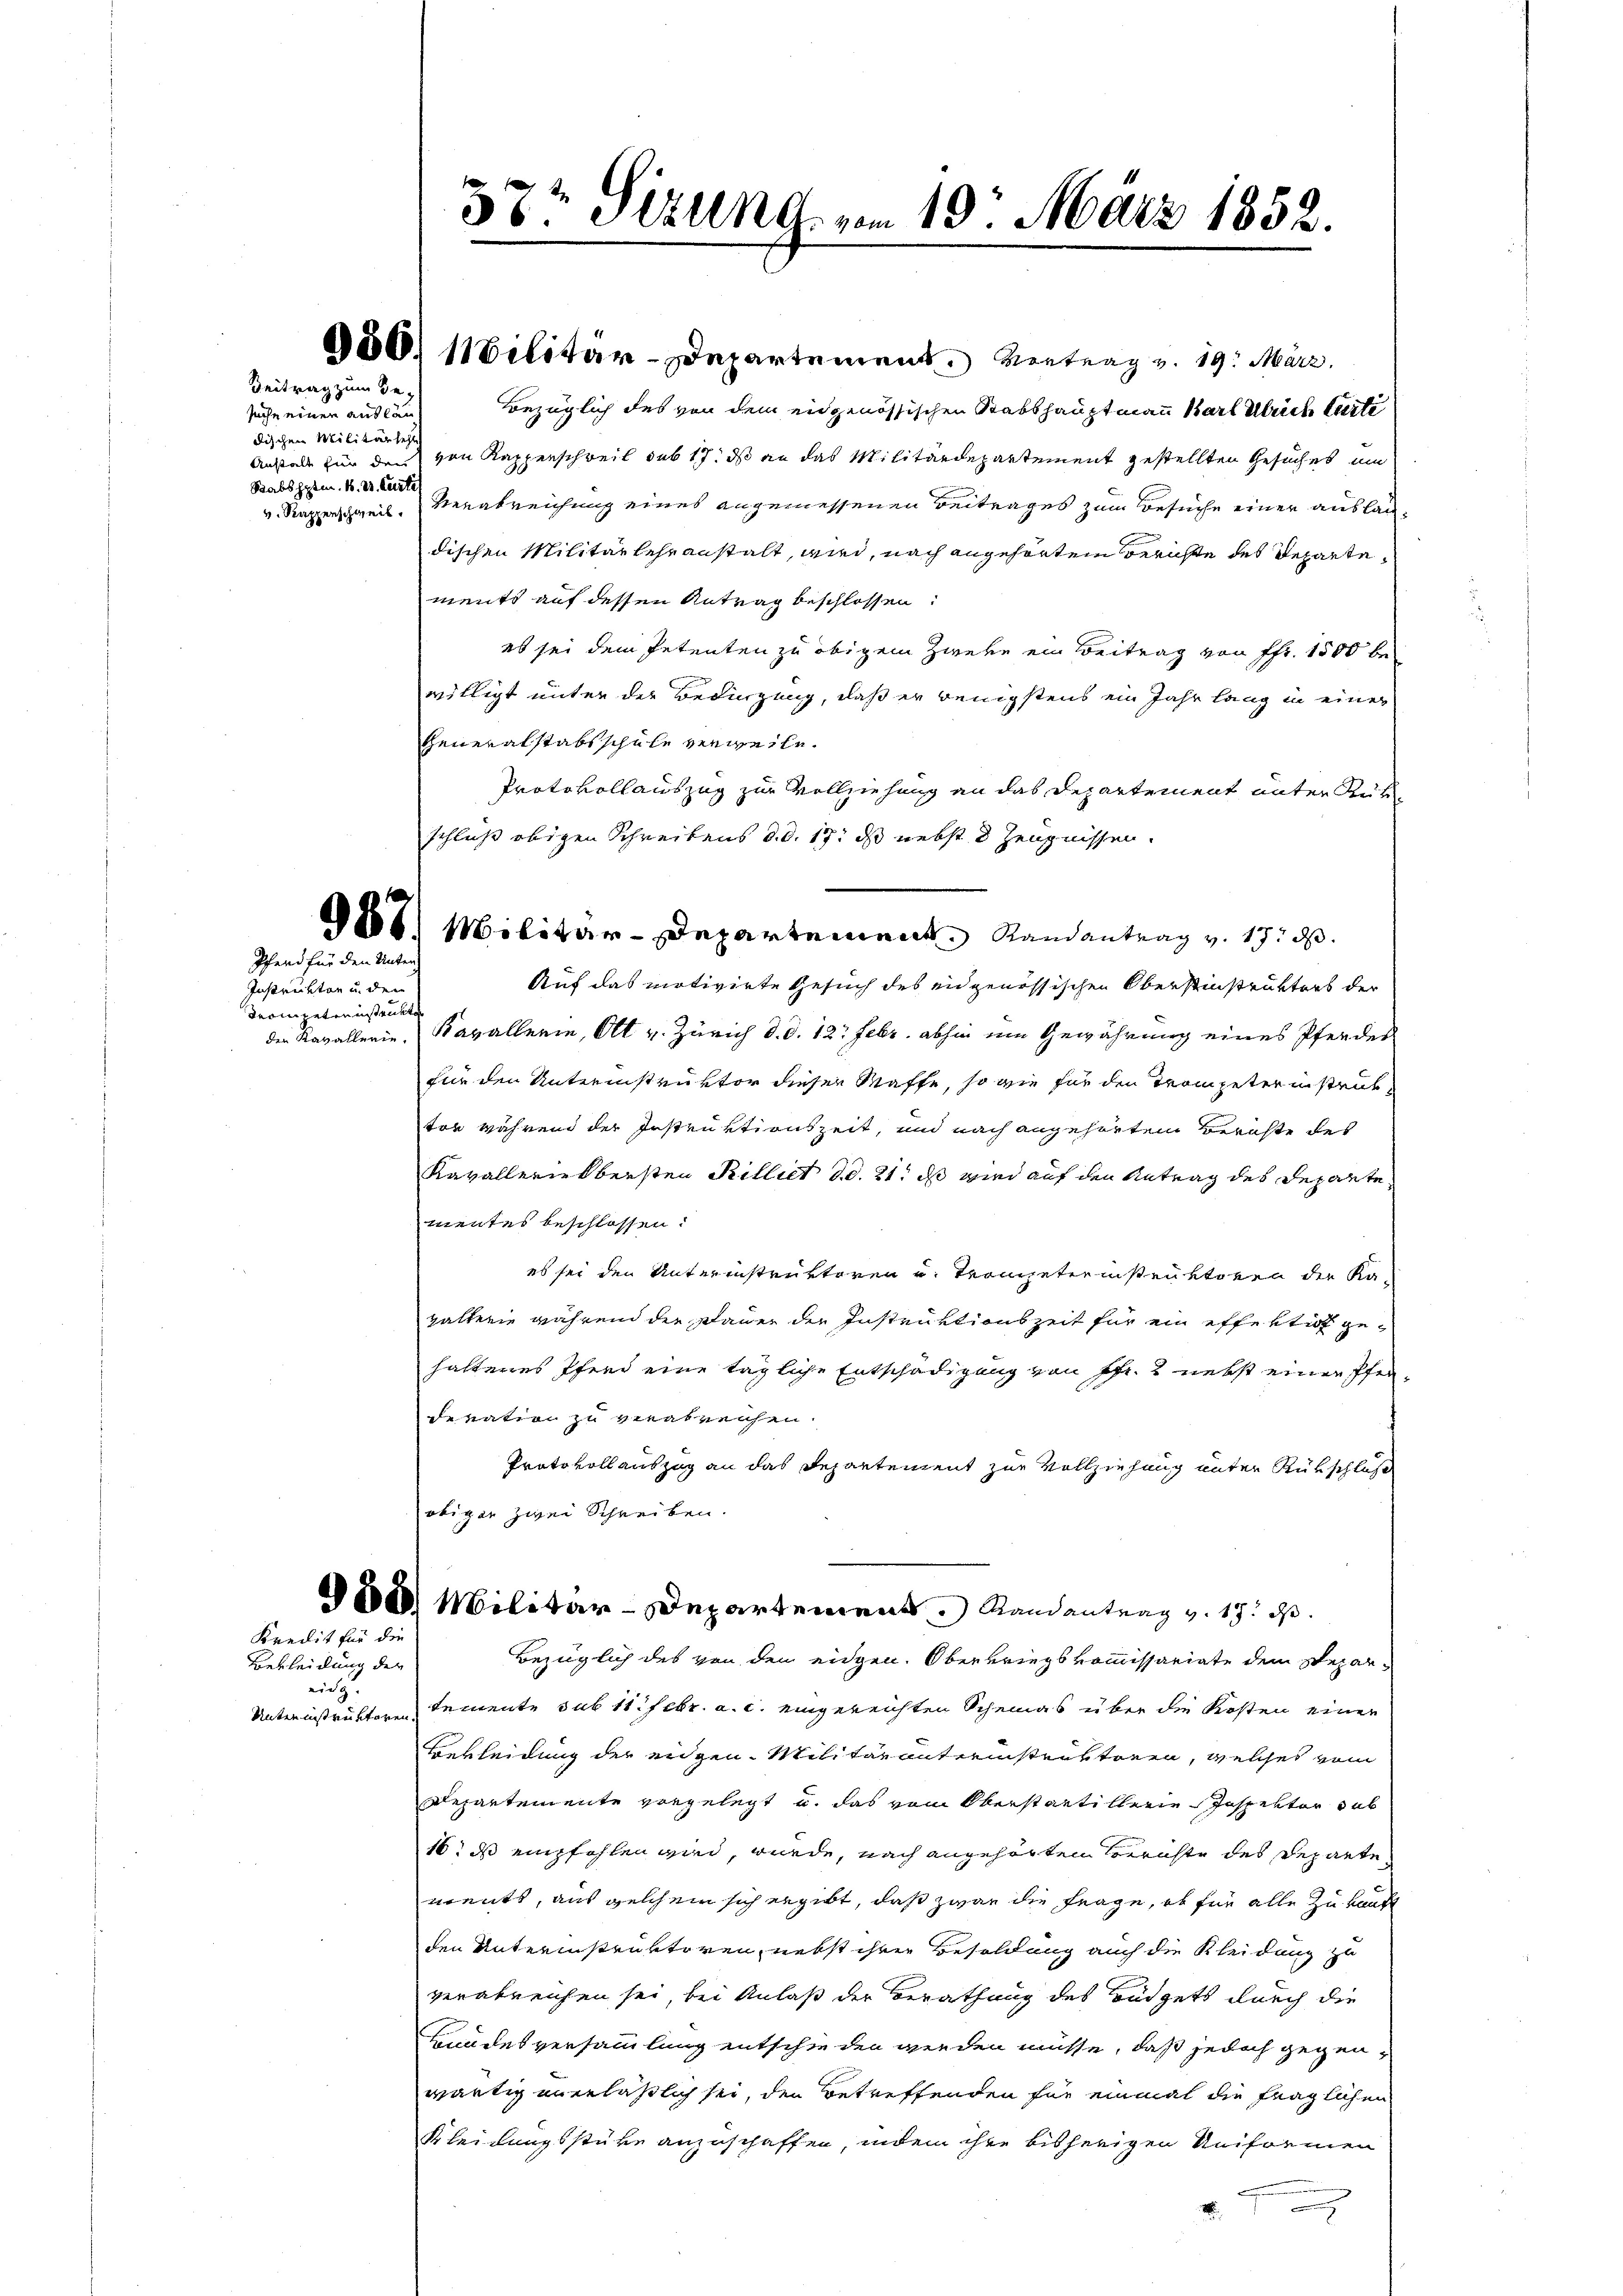
Beitrag zum Ge-

Pferd für den Unter

Instruktor u. den
Tronneternstrukte

Kredit für die

Bekleidung der
eig.
Unternistruktoren.

suche einer auslän
dischen Militär sehr
Stabshptm. 1. V. Curti

37t Sizung vom 10. März 1852.

900. Militär-Departement. Vertrag v. 19. März.
Bezüglich des von dem eidgenössischen Stabshauptmann Barl Ulrich Carte
Anstalt zur den von Kapperschweil sub 17. ds an das Militärdepartement gestellten Gesuches um
v. Rapperschweil. Verabreichung eines angemessenen Beitrages zum Besuche einer auslan
dischen Militärlehranstalt, wird, nach angehörten Bernste des Repartements auf dessen Antrag beschlossen:
es sei dem Petenten zu obigem Zweke ein Beitrag von Fr. 1500 bewilligt unter der Bedingung, daß er wenigstens ein Jahr lang in einer
Generalstabsschule verweite.
Protokollauszug zur Vollziehung an das Departement unter Rükschluß obigen Schreibens d.d. 17. ds nebst 3 Zeugnissen.
888) Militär-Departement Randantrag v. 17. d.
Auf das motivirte Gesuch des eidgenössischen Oberstinstruktors der
den Kavallerie. Kavallerin, Ott v. Zürich d. d. 12. Febr. abhin im Gewährung eines Pferdes
für den Unterinstruktor dieser Waffe, so wie für den Trompeter in struk
tor während der Instruktionszeit, und nach angehörten Berichte des
Kavalleriebersten Killiet d.d. 21. ds wird auf den Antrag des Departe
mentes beschlossen:
es sei den Unterinstruktoren u. Trompeterinstruktoren der Ka-
halterie während der Dauer der Instruktionszeit für ein effektion ge-
haltenes Pferd eine tägliche Entschädigung von Fr. 2 nebst einer Pferderation zu verabreichen.
Protokoll auszug an das Departement zur Vollziehung unter Rükschluß
obiger zwei Schreiben.
8888 Militär-Departement Randantrag v. 19. d.
Bezüglich des von den eidgen. Oberkriegskommissariate dem Separtemente sub 11. Febr. a. c. eingereichten Scheinas über die Kosten einer
Bekleidung der eidgen. Militär unternistruktoren, welches vom
Departemente vorgelegt u. das vom Oberstantillerie-Inspektor sub
16: ds empfehlen wird, wurde, nach angehörten Berichte des Reparte
ments, aus welchem sich ergibt, daß zwar die Frage, ob für alle zu kannt
den Unterinstruktoren, nebst ihrer Besoldung auch die Kleidung zu
verabreichen sei, bei Anlaß der Berathung des Büdgets durch die
Bundesversammlung entschieden werden müsse, daß jedoch gegenwärtig unerläßlich sei, den Betreffenden für einmal die fraglichen
Kleidungsstüre anzuschaffen, indem ihre bisherigen Uniformen
n